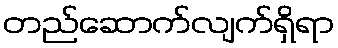
တည်ဆောက်လျက်ရှိရာ